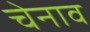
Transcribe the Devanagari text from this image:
चेनाव